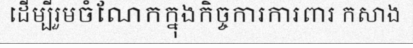
ដើម្បីរួមចំណែកក្នុងកិច្ចការការពារ កសាង